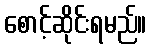
စောင့်ဆိုင်းရမည်။